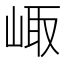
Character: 𡸨